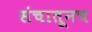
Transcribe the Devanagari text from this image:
संचातूनच